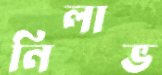
নিলাভ